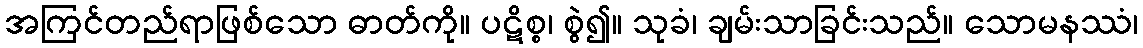
အကြင်တည်ရာဖြစ်သော ဓာတ်ကို။ ပဋိစ္စ၊ စွဲ၍။ သုခံ၊ ချမ်းသာခြင်းသည်။ သောမနဿံ၊